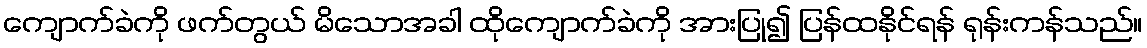
ကျောက်ခဲကို ဖက်တွယ် မိသောအခါ ထိုကျောက်ခဲကို အားပြု၍ ပြန်ထနိုင်ရန် ရုန်းကန်သည်။